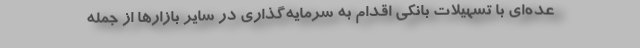
عده‌ای با تسهیلات بانکی اقدام به سرمایه‌گذاری در سایر بازارها از جمله